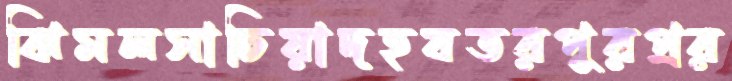
ঝিমলসাচিয়াদহযতরপুরপ্রর